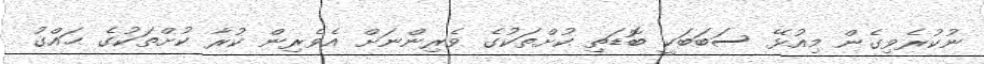
ނުކުރެވިގެން މިއުޅޭ ސަބަބަކީ ބޮޑަތި ކުށްތަކުގެ ވެރިންނަށް އެވެރިން ކުރާ ކުށްތަކުގެ ޙައްގު